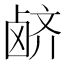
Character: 𲎊